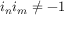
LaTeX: i _ { n } i _ { m } \neq - 1